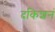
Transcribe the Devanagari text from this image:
दकिशनं